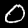
Digit: 0